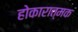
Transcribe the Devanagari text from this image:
होकारात्मक